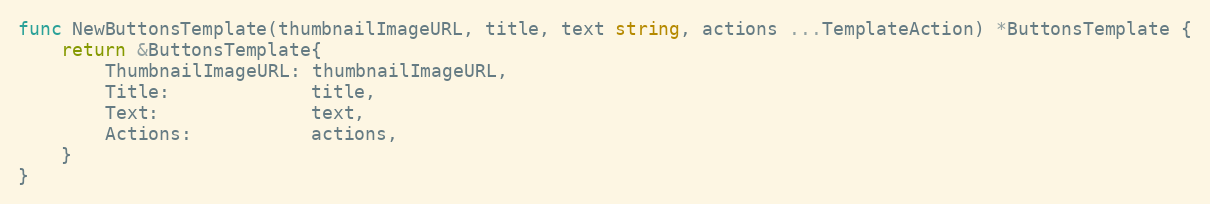
Language: Go
func NewButtonsTemplate(thumbnailImageURL, title, text string, actions ...TemplateAction) *ButtonsTemplate {
	return &ButtonsTemplate{
		ThumbnailImageURL: thumbnailImageURL,
		Title:             title,
		Text:              text,
		Actions:           actions,
	}
}